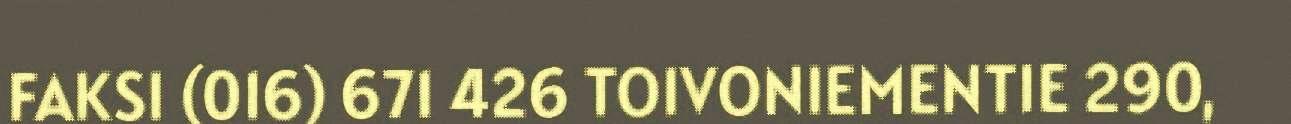
FAKSI (016) 671 426 TOIVONIEMENTIE 290,